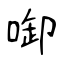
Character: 啣